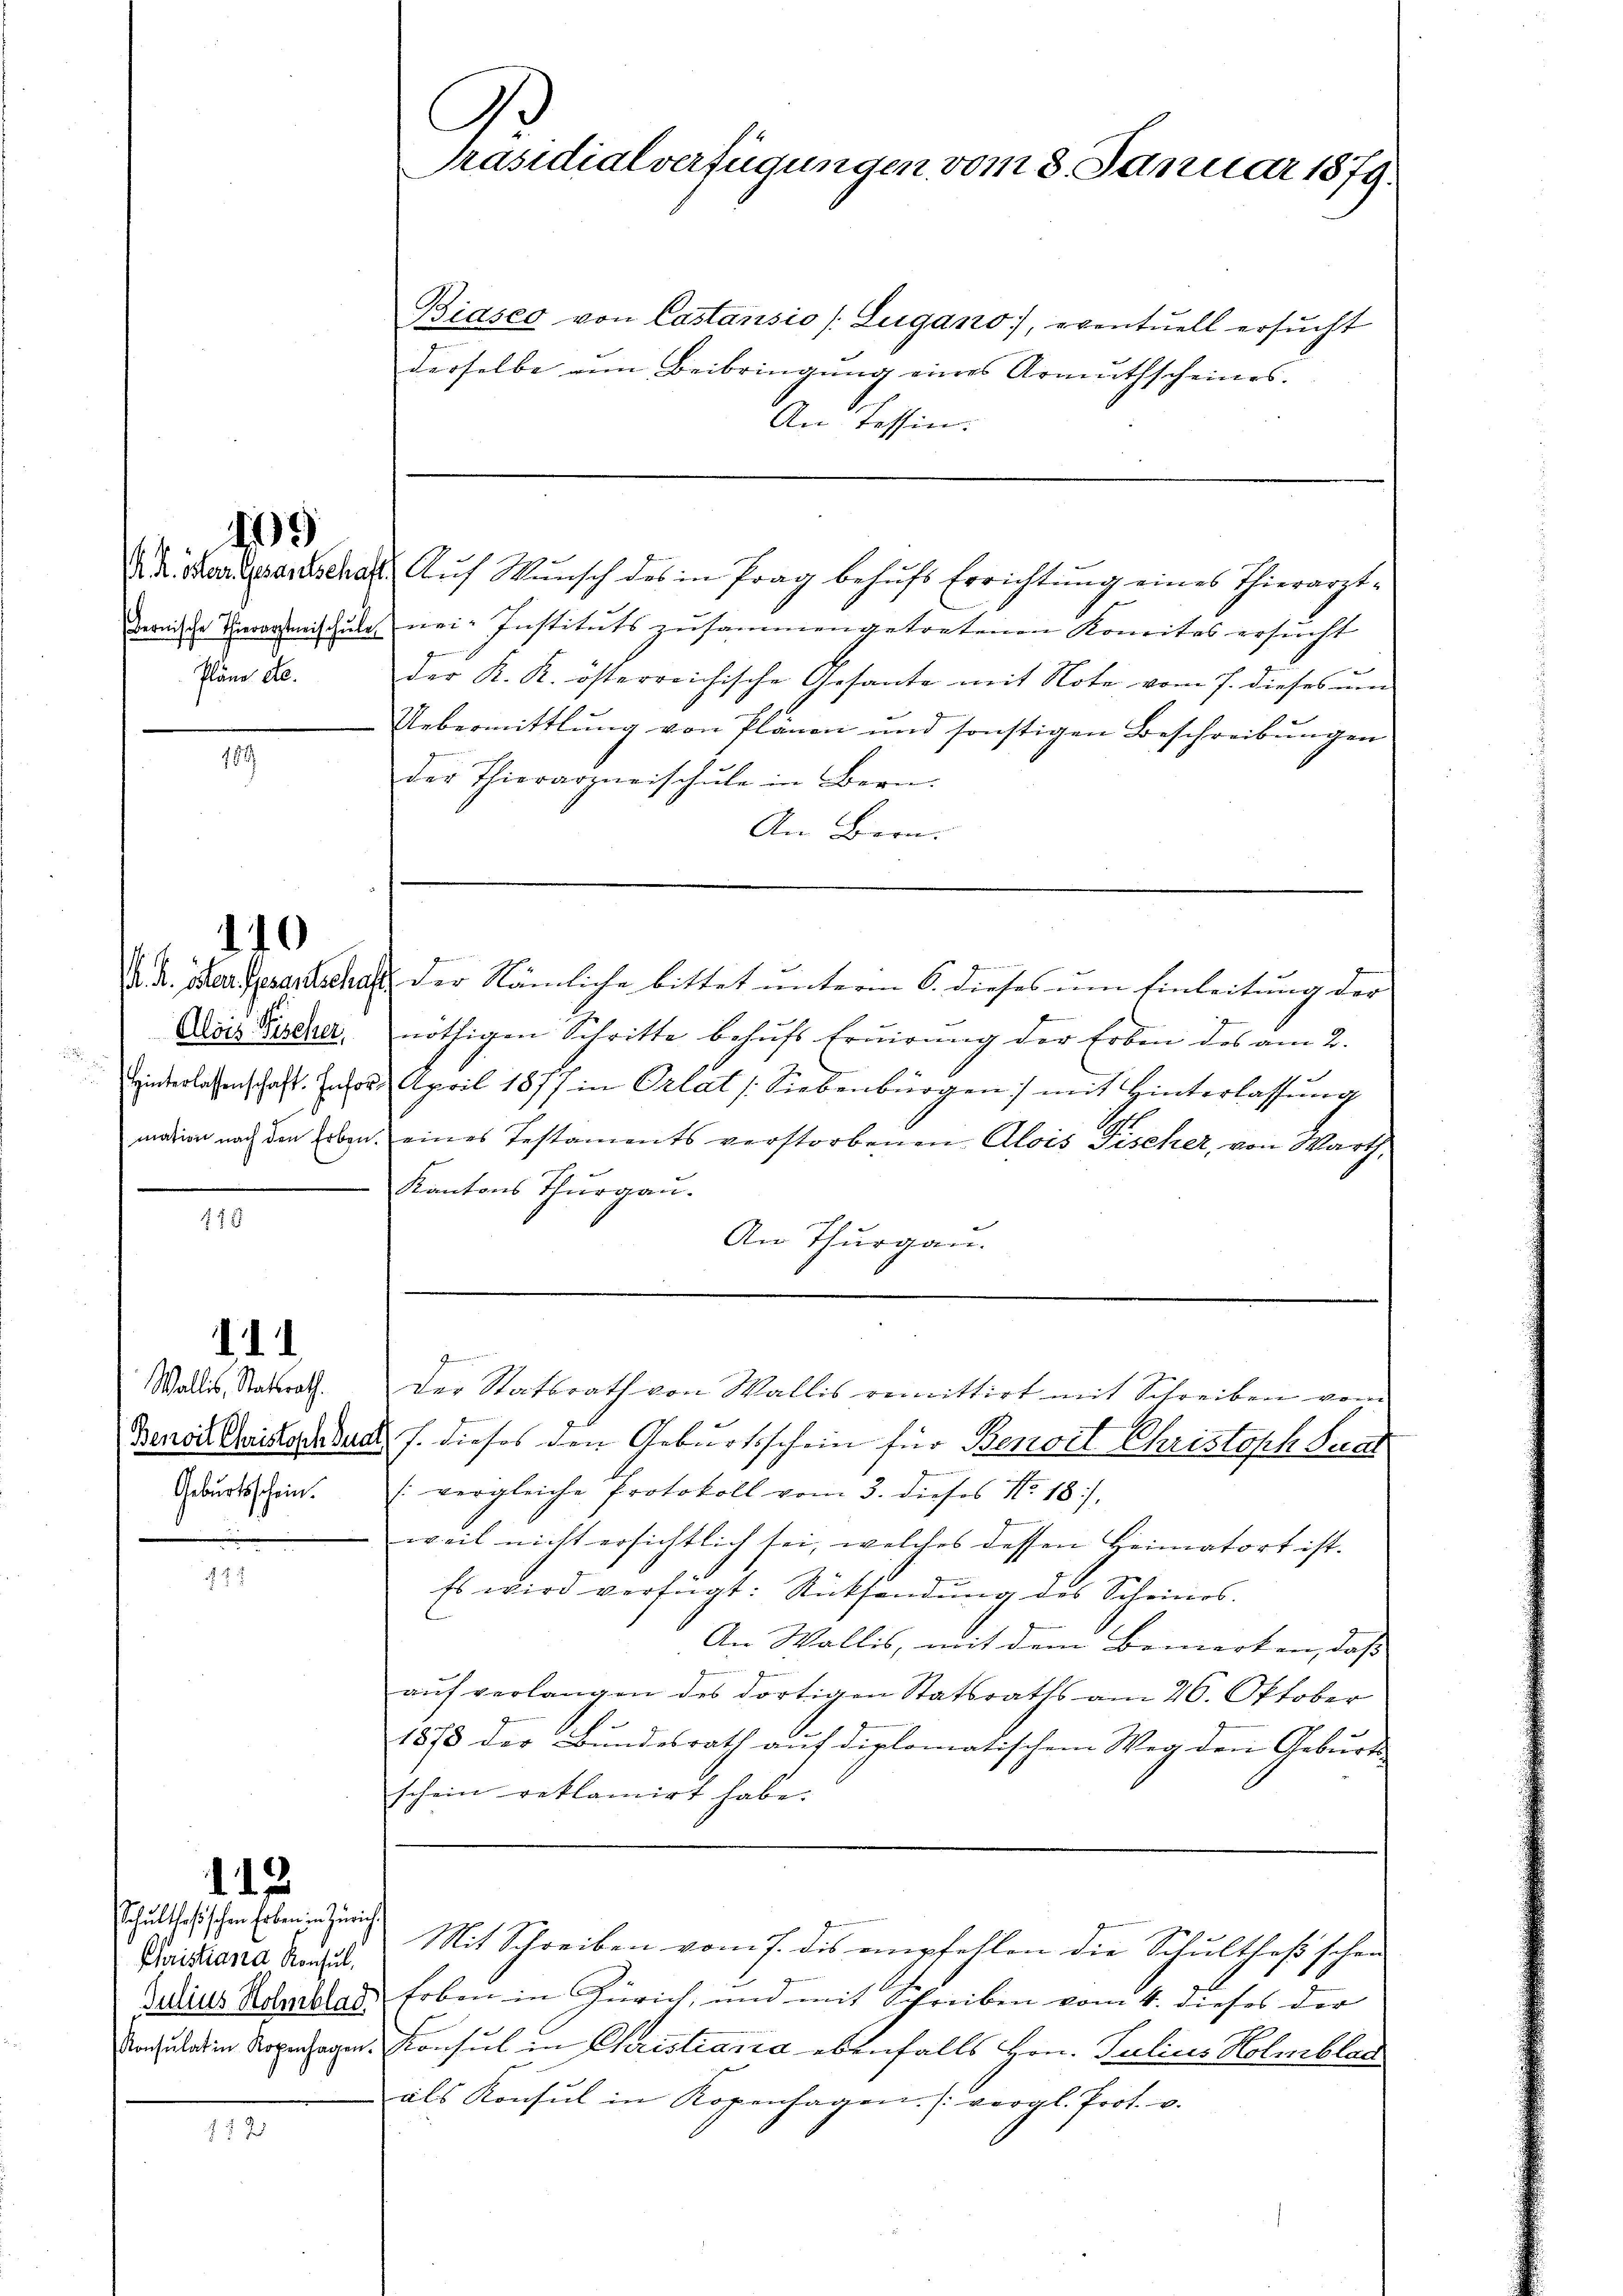
Pläne etc.

10

111

e

19

10

Wallis, Stadtrath.
Geburtsschein.

112

Schultheßischen Erben in Zürich

7

B
Präsidialverfügungen vom 8. Januar 1879.

Biases von Costansio (Lugano, eventuell ersucht
derselbe um Beibringung eines Armuthscheines.
An Tessin.
d. R. Handeranschaft Auf Wunsch des in Prag behŭfs Errichtung eines Thierarzt-
Bernische Veransmischŭle nei-Instituts zusammengetretenen Komites ersŭcht
der K. K. österreichische Gesante mit Note vom 7. dieses um
Uebermittlung von Plänen und sonstigen Beschreibungen
der Thierarzneischule in Bern.
An Bern.

A. A. Der Gesantschaft der Nämliche bittet unterm 6. dieses um Einleitung der
Dirs Piseka, nöthigen Schritte behufs Eruirung der Erben des am 2.
Einterlassenschaft. Infor. April 1877 in Orlat Siebenbürgen mit Hinterlassŭng
mation nach den Erben, eines Testaments verstorbenen Alois Fischer, von Warth,
Kantons Thurgau.
An Thurgau.

Jennen
Der Statsrath von Wallis remittirt mit Schreiben vom

Benois Gaislocatus, s. dieses den Geburtsschein für Benoit Christoph Sei
(vergleiche Protokoll vom 3. dieses No. 18).
weil nicht ersichtlich sei, welches dessen Heimatort ist.
Es wird verfügt: Rücksendung des Scheines
An Wallis, mit dem Bemerken, daß
auf verlangen des dortigen Statsraths am 26. Oktober
1875 der Bundesrath auf diplomatischem Weg den Geburts
schein reklamirt habe.
riae A. Mit Schreiben vom 7. des empfehlen die Schultheß schen
Julius Reallas Erben in Zürich, und mit Schreiben vom 4. dieses der
Konsulatin Kopenhagen. Konsul in Christiania ebenfalls Hrn. Julius Holmblac
als Konsul in Kopenhagen. (vergl. Prot. v.